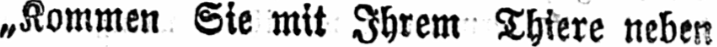
„Kommen Sie mit Ihrem Thiere neben